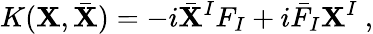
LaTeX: K(\mathbf{X},\bar{{\mathbf{X}}})=-i{\bar{{\mathbf{X}}}}^{I}F_{I}+i{\bar{{F}}}_{I}\mathbf{X}^{I}\ ,